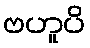
ဗဟူပိ